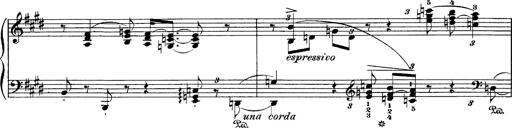
Title: Hungarian Rhapsody No.1
Composer: Franz Liszt
Key: C-sharp minor